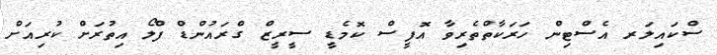
ސްކައިލަރ އެސްޓިން ހަރަކާތްތެރިވާ އޮފީސް ކޮމެޑީ ސީރީޒް ގްރައުންޑް ފްލޯ އިތުރަށް ކުރިއަށް